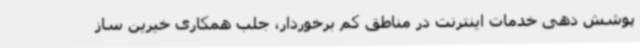
پوشش دهی خدمات اینترنت در مناطق کم برخوردار، جلب همکاری خیرین ساز